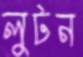
লুটন